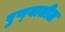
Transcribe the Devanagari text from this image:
पुण्‍यातील